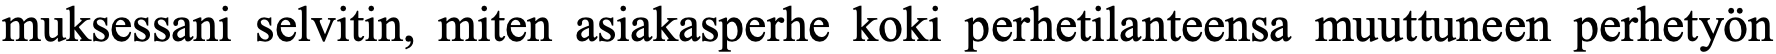
muksessani selvitin, miten asiakasperhe koki perhetilanteensa muuttuneen perhetyön